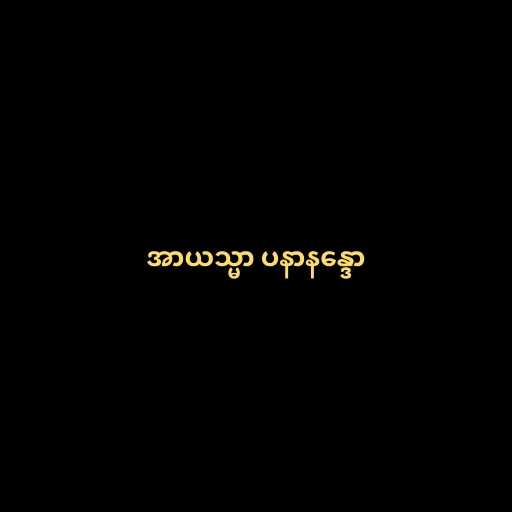
အာယသ္မာ ပနာနန္ဒော